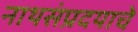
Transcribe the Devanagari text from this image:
नाथसंप्रदयाचे